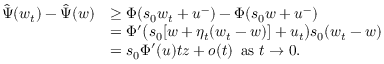
\begin{array} { r l } { \hat { \Psi } ( w _ { t } ) - \hat { \Psi } ( w ) } & { \geq \Phi ( s _ { 0 } w _ { t } + u ^ { - } ) - \Phi ( s _ { 0 } w + u ^ { - } ) } \\ & { = \Phi ^ { \prime } \big ( s _ { 0 } [ w + \eta _ { t } ( w _ { t } - w ) ] + u _ { t } \big ) s _ { 0 } ( w _ { t } - w ) } \\ & { = s _ { 0 } \Phi ^ { \prime } ( u ) t z + o ( t ) \, \mathrm { ~ a s ~ } t \to 0 . } \end{array}